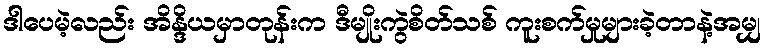
ဒါပေမဲ့လည်း အိန္ဒိယမှာတုန်းက ဒီမျိုးကွဲစိတ်သစ် ကူးစက်မှုများခဲ့တာနဲ့အမျှ